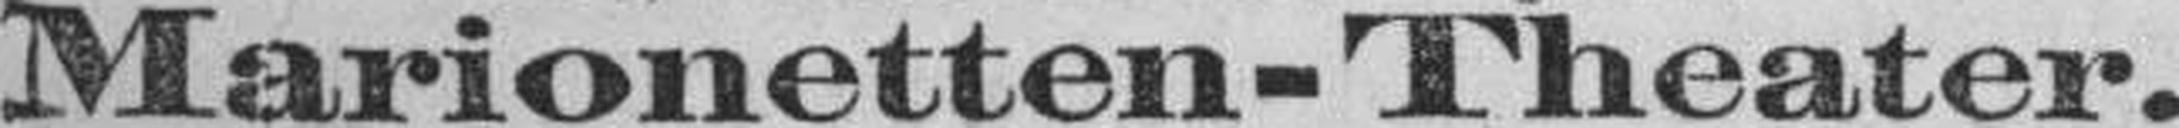
Marionetten-Theater.